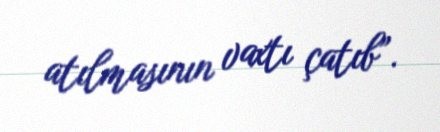
atılmasının vaxtı çatıb”.